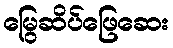
မြွေဆိပ်ဖြေဆေး